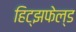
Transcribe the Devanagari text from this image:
हिट्झफेल्ड